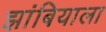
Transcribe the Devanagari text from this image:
झांबियाला